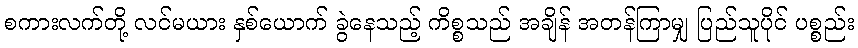
စကားလက်တို့ လင်မယား နှစ်ယောက် ခွဲနေသည့် ကိစ္စသည် အချိန် အတန်ကြာမျှ ပြည်သူပိုင် ပစ္စည်း